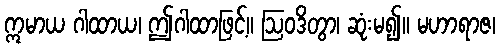
ဣမာယ ဂါထာယ၊ ဤဂါထာဖြင့်။ ဩဝဒိတွာ၊ ဆုံးမ၍။ မဟာရာဇ၊